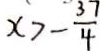
x > - \frac { 3 7 } { 4 }